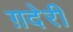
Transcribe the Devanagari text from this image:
ग़देरी